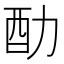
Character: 䣦